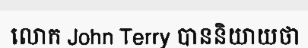
លោក John Terry បាននិយាយថា